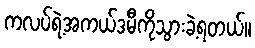
ကလပ်ရဲ့အကယ်ဒမီကိုသွားခဲ့ရတယ်။